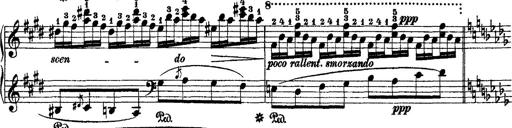
Title: 2 KonzertetÃ¼den
Composer: Franz Liszt